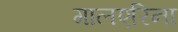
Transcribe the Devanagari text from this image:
गालएरिना